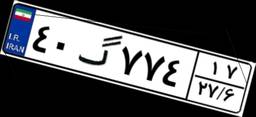
۸۰گ۸۶۶۴۵